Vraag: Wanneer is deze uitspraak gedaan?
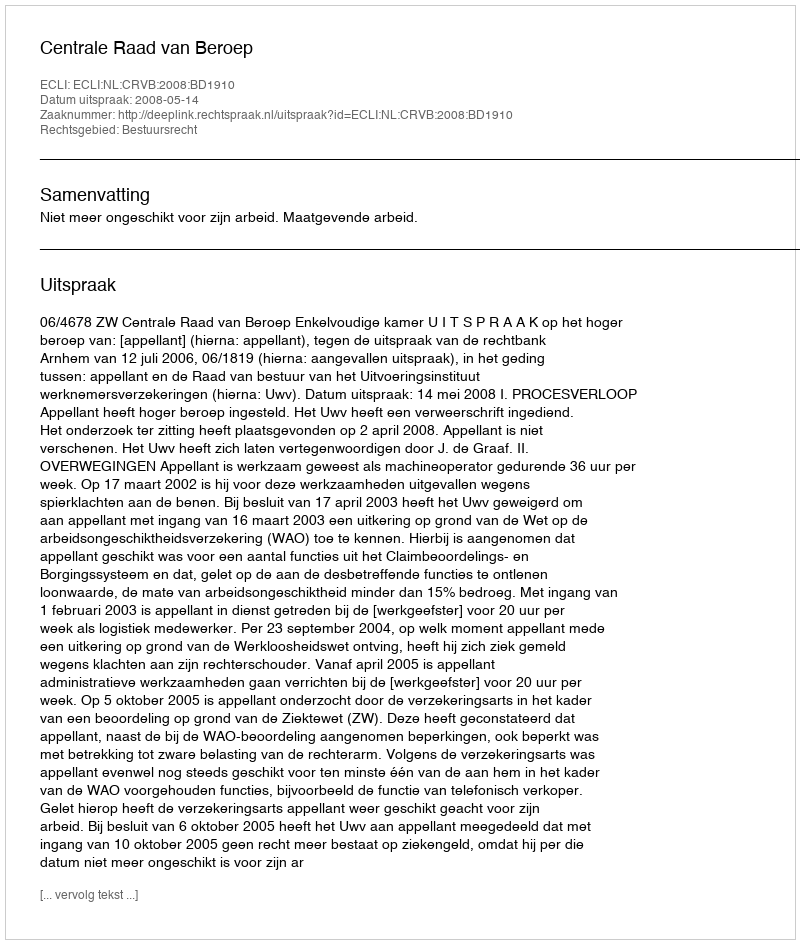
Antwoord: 2008-05-14